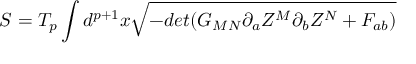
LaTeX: S = T _ { p } \int d ^ { p + 1 } x \sqrt { - d e t ( G _ { M N } \partial _ { a } Z ^ { M } \partial _ { b } Z ^ { N } + F _ { a b } ) }